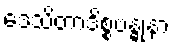
ဒေသိတာဒိစ္စဗန္ဓုနာ